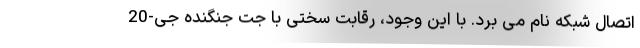
اتصال شبکه نام می برد. با این وجود، رقابت سختی با جت جنگنده جی-20